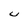
Character: U